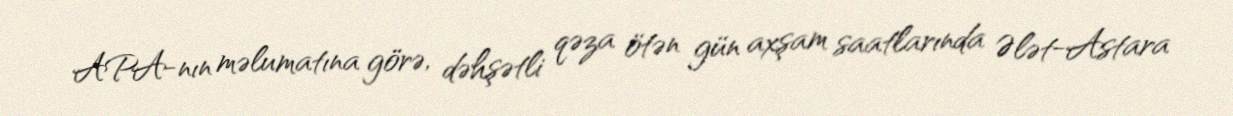
APA-nın məlumatına görə, dəhşətli qəza ötən gün axşam saatlarında Ələt-Astara